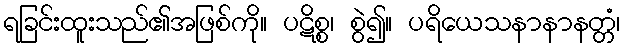
ရခြင်းထူးသည်၏အဖြစ်ကို။ ပဋိစ္စ၊ စွဲ၍။ ပရိယေသနာနာနတ္တံ၊